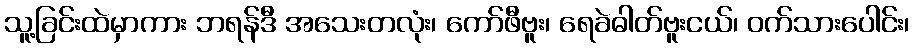
သူ့ခြင်းထဲမှာကား ဘရန်ဒီ အသေးတလုံး၊ ကော်ဖီဗူး၊ ရေခဲဓါတ်ဗူးငယ်၊ ဝက်သားပေါင်း၊